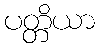
ပတ္တိယာ